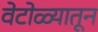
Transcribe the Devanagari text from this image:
वेटोळ्यातून